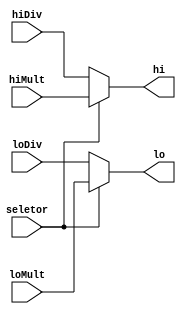
module MuxIJ_MultDiv (
   input wire seletor,
   input wire [31:0] hiMult,
   input wire [31:0] loMult,
   input wire [31:0] hiDiv,
   input wire [31:0] loDiv,
   output wire [31:0] hi,
   output wire [31:0] lo
);
   
 assign hi = (seletor==1'b1) ? hiMult : hiDiv;
 assign lo = (seletor==1'b1) ? loMult : loDiv;
endmodule